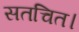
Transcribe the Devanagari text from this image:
सतचित।